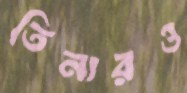
তিনারও